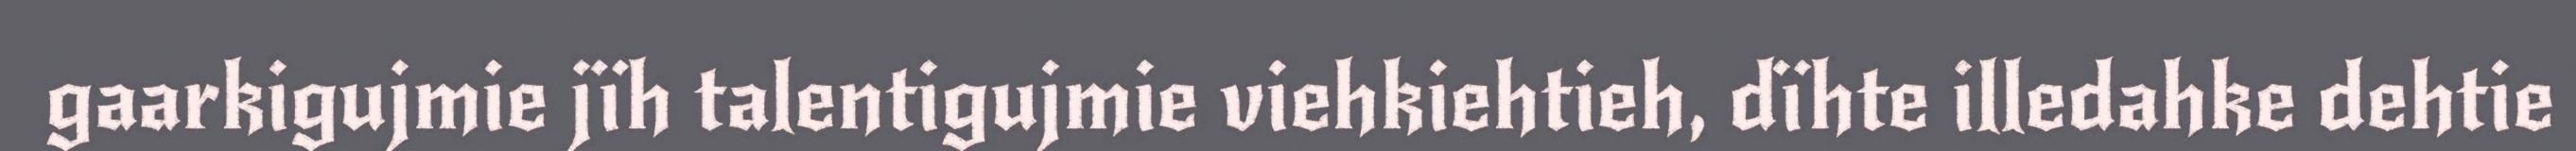
gaarkigujmie jïh talentigujmie viehkiehtieh, dïhte illedahke dehtie